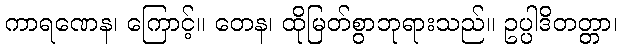
ကာရဏေန၊ ကြောင့်။ တေန၊ ထိုမြတ်စွာဘုရားသည်။ ဥပ္ပါဒိတတ္တာ၊